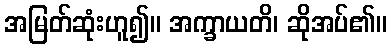
အမြတ်ဆုံးဟူ၍။ အက္ခာယတိ၊ ဆိုအပ်၏။